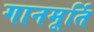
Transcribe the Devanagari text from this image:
गानमूर्ति